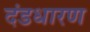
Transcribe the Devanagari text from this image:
दंडधारण